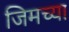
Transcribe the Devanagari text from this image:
जिमच्या